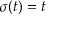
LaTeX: \sigma ( t ) = t